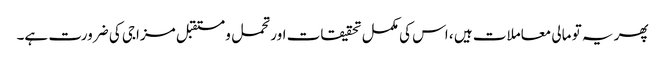
پھر یہ تو مالی معاملات ہیں ، اس کی مکمل تحقیقات اور تحمل و مستقبل مزاجی کی ضرورت ہے۔